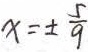
x = \pm \frac { 5 } { 9 }